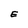
Character: E